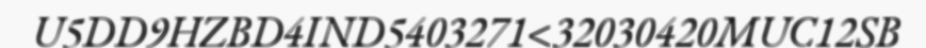
U5DD9HZBD4IND5403271<32030420MUC12SB